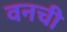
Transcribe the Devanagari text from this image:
वनची